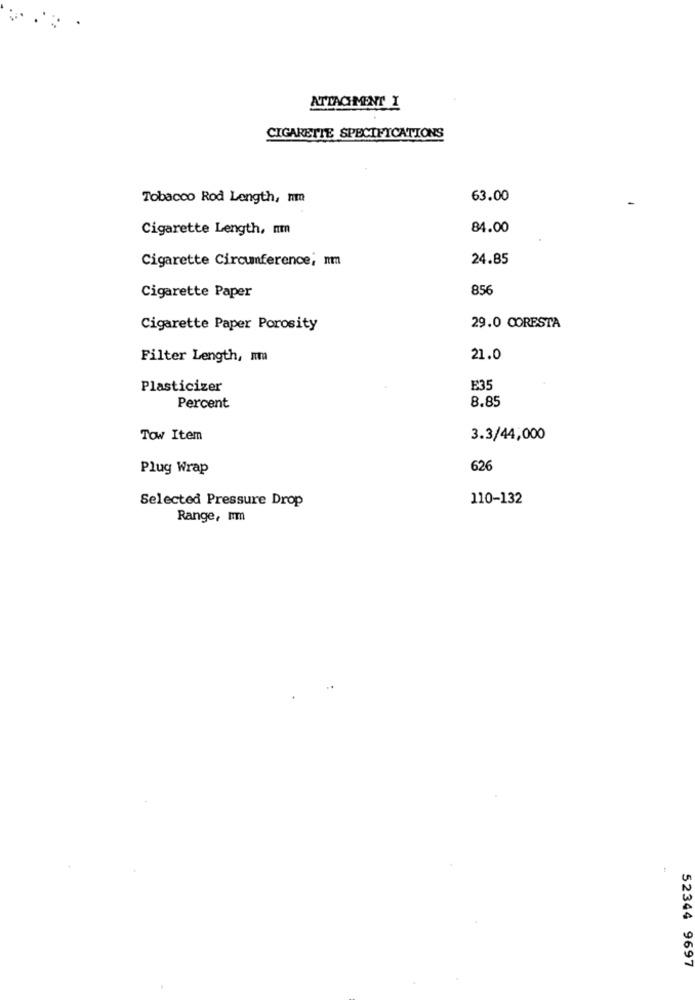
ATTACHMENT I
CIGARETTE SPECIFICATIONS
Tobacco Rod Length, nm
63.00
Cigarette Length, mm
84.00
Cigarette Circumference; mm
24.85
856
Cigarette Paper
Cigarette Paper Porosity
29.0 CORESTA
Filter Length, mm
21.0
Plasticizer
E35
8.85
Percent
Tow Item
3.3/44,000
Plug Wrap
626
Selected Pressure Drop
110-132
Range, mm
52344 9697